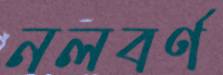
নলবর্ণ